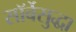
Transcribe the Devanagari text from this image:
सॉर्बेसुद्धा